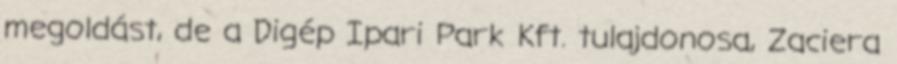
megoldást, de a Digép Ipari Park Kft. tulajdonosa, Zaciera